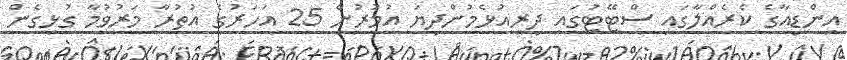
އިންޑިއާގެ ކެރެއްލާގައި ސްޓޭޓުގައި ދިރިއުޅެމުންދިޔަ އުމުރުން 25 އަހަރުގެ އުތުރާ މަރުވުމާ ގުޅިގެން